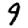
Digit: 9